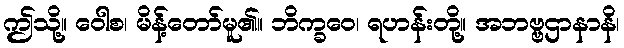
ဤသို့။ ဝေါစ၊ မိန့်တော်မူ၏။ ဘိက္ခဝေ၊ ရဟန်းတို့။ အဘဗ္ဗဌာနာနိ၊